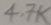
Text: 4.7K